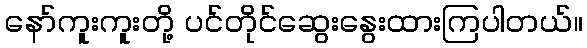
နော်ကူးကူးတို့ ပင်တိုင်ဆွေးနွေးထားကြပါတယ်။